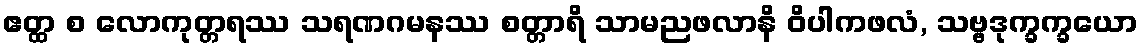
ဧတ္ထ စ လောကုတ္တရဿ သရဏဂမနဿ စတ္တာရိ သာမညဖလာနိ ဝိပါကဖလံ, သဗ္ဗဒုက္ခက္ခယော